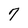
Character: 7